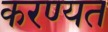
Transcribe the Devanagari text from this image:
करण्यत